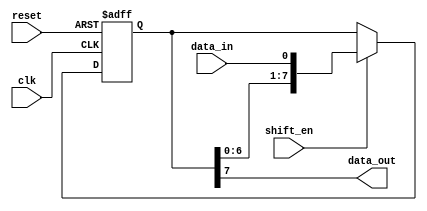
module SISO_shift_register (
    input clk,
    input reset,
    input shift_en,
    input data_in,
    output reg data_out
);

reg [7:0] register;

always @(posedge clk or posedge reset) begin
    if (reset) begin
        register <= 8'b0;
    end else if (shift_en) begin
        register <= {register[6:0], data_in};
    end
end

assign data_out = register[7];

endmodule